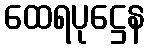
ထေရပုဋ္ဌေန